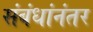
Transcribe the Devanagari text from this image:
संबंधांनंतर